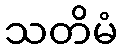
သတိမံ